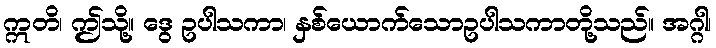
ဣတိ၊ ဤသို့။ ဒွေ ဥပါသကာ၊ နှစ်ယောက်သောဥပါသကာတို့သည်။ အဂ္ဂါ၊